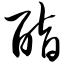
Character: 酯